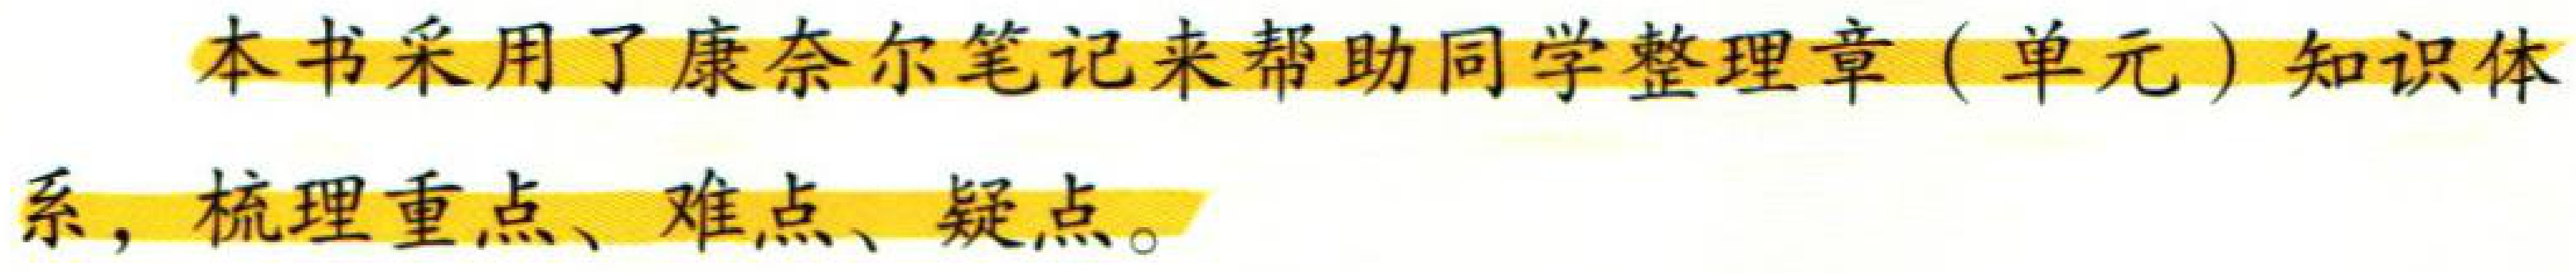
本书采用了康奈尔笔记来帮助同学整理章(单元)知识体系，梳理重点、难点、疑点。